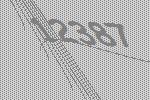
12387